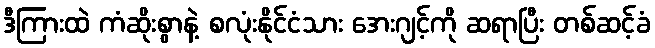
ဒီကြားထဲ ကံဆိုးစွာနဲ့ စလုံးနိုင်ငံသား အေးဂျင့်ကို ဆရာပြီး တစ်ဆင့်ခံ